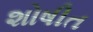
શોષીત